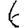
Digit: 6